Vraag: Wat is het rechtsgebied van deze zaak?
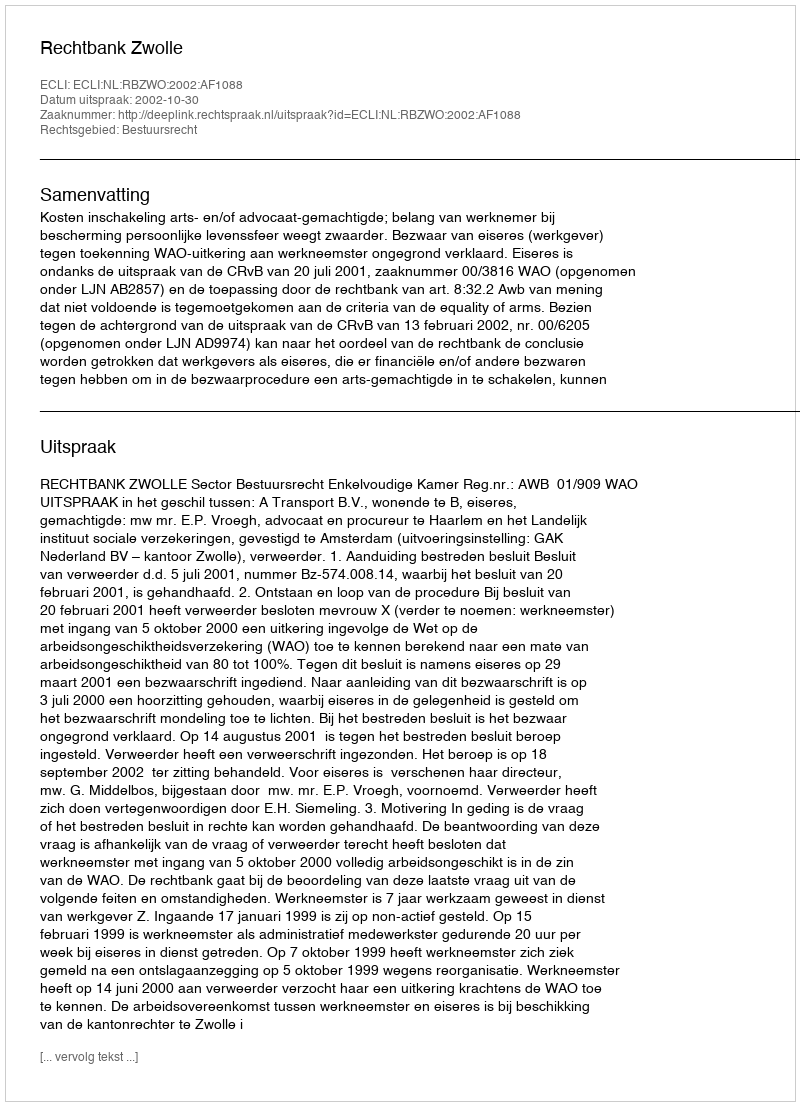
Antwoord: Bestuursrecht